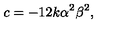
c = { - 1 2 k \alpha ^ { 2 } \beta ^ { 2 } } ,